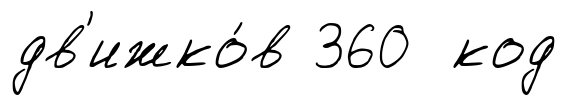
дв'ижко́в 360 код